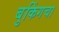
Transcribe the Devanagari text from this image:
बुकिंगचा